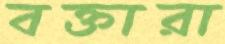
বক্তারা